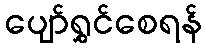
ပျော်ရွှင်စေရန်